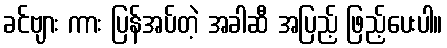
ခင်ဗျား ကား ပြန်အပ်တဲ့ အခါဆီ အပြည့် ဖြည့်ပေးပါ။